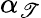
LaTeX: \alpha_{\mathscr{T}}